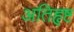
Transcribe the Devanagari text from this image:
अतिहृष्ट